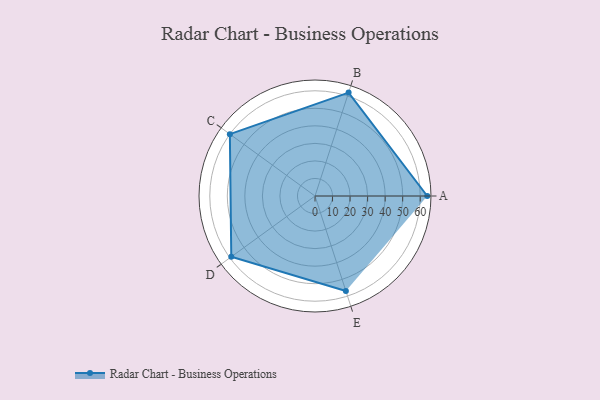
{"axis": {"x": "Skill", "y": "Score"}, "legend": ["Profile"], "data": [{"x": "A", "y": 64.0, "type": "Profile"}, {"x": "B", "y": 62.0, "type": "Profile"}, {"x": "C", "y": 60.0, "type": "Profile"}, {"x": "D", "y": 59.0, "type": "Profile"}, {"x": "E", "y": 57.0, "type": "Profile"}]}